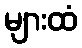
များထံ